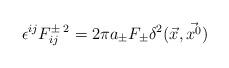
LaTeX: \begin{align*}\epsilon^{ij} F^{\pm\;2}_{ij} = 2\pi a_{\pm} F_{\pm}\delta^2(\vec{x},\vec{x^0})\end{align*}